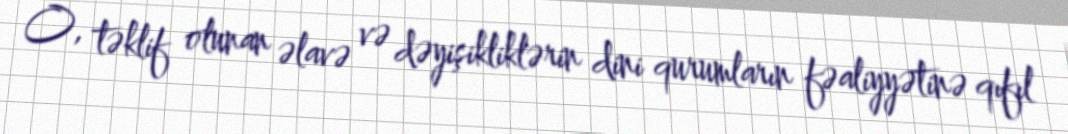
O, təklif olunan əlavə və dəyişikliklərin dini qurumların fəaliyyətinə qıfıl